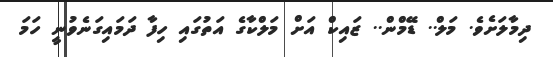
ދިމާލަށެވެ. މަލް.. ޑޭމްން.. ޒައިކް އަށް މަލްކާގެ އަތުގައި ހިފާ ދަމައިގަނެވުނީ ހަމަ